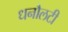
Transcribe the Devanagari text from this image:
धनौलटी